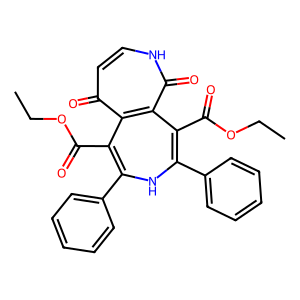
SMILES: CCOC(=O)C1=C(c2ccccc2)NC(c2ccccc2)=C(C(=O)OCC)c2c1c(=O)cc[nH]c2=O
Inhibits HIV replication: No